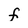
Character: f